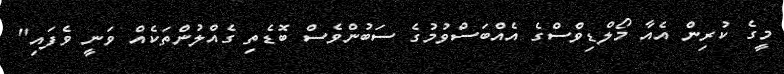
މީގެ ކުރިން އެއާ މޯލްޑިވްސްގެ އެއްބަސްވުމުގެ ސަބުންވެސް ބޮޑެތި ގެއްލުންތަކެއް ވަނީ ވެފައި"